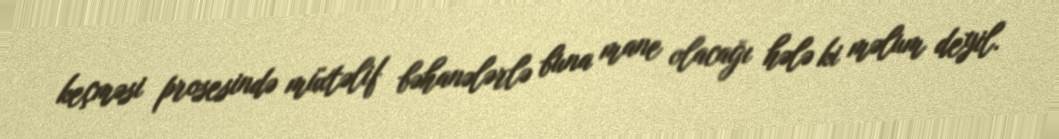
keçməsi prosesində müxtəlif bəhanələrlə buna mane olacağı hələ ki məlum deyil.